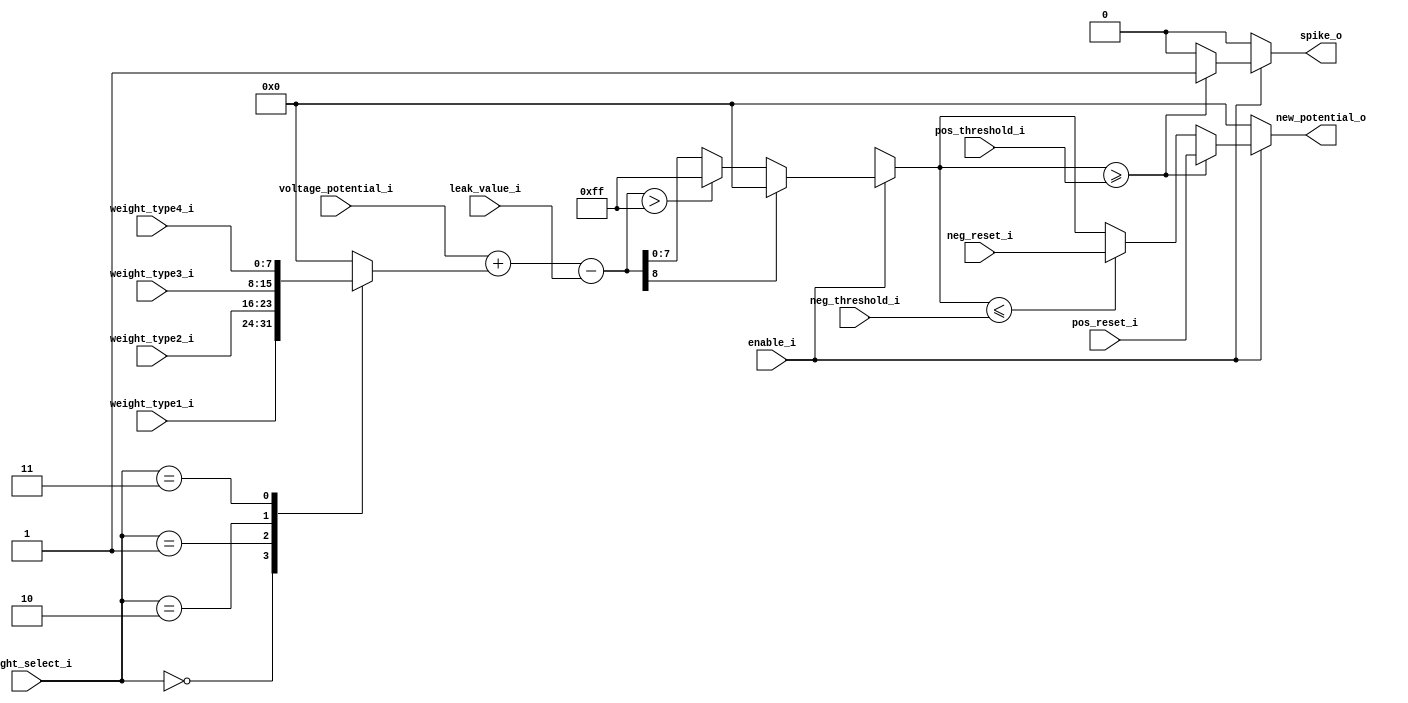
module neuron_block_design (
`ifdef USE_POWER_PINS
    inout VPWR,    // User area 1 1.8V supply
    inout VGND,    // User area 1 digital ground
`endif
    input [7:0] voltage_potential_i, // Current voltage potential
    input [7:0] pos_threshold_i,     // Positive threshold
    input [7:0] neg_threshold_i,     // Negative threshold
    input [7:0] leak_value_i,        // Leak value
    input [7:0] weight_type1_i,      // 1st weight type
    input [7:0] weight_type2_i,      // 2nd weight type
    input [7:0] weight_type3_i,      // 3rd weight type
    input [7:0] weight_type4_i,      // 4th weight type
    input [7:0] weight_select_i,     // Weight selection
    input [7:0] pos_reset_i,         // Positive reset
    input [7:0] neg_reset_i,         // Negative reset
    input enable_i,                  // Enable signal
    output reg [7:0] new_potential_o, // New voltage potential - changed to reg
    output reg spike_o               // Spike output (1-bit) - changed to reg
);

    reg [7:0] selected_weight;
    reg [8:0] potential_calc; // changed to reg

    // Adjusted Weight selection
    always @(*) begin
        case(weight_select_i)
            8'd0: selected_weight = weight_type1_i;
            8'd1: selected_weight = weight_type2_i;
            8'd2: selected_weight = weight_type3_i;
            8'd3: selected_weight = weight_type4_i;
            default: selected_weight = 8'b0;
        endcase
    end

    // Neuron logic
    always @(*) begin
        if (enable_i == 1) begin
            // Calculate potential
            potential_calc = {1'b0, voltage_potential_i} + selected_weight - leak_value_i;

            // Handle potential overflow/underflow
            if (potential_calc[8]) new_potential_o = 8'b00000000; // Underflow
            else if (potential_calc > 8'b11111111) new_potential_o = 8'b11111111; // Overflow
            else new_potential_o = potential_calc[7:0];

            // Check for spike
            if (new_potential_o >= pos_threshold_i) begin
                new_potential_o = pos_reset_i;
                spike_o = 1;
            end else if (new_potential_o <= neg_threshold_i) begin
                new_potential_o = neg_reset_i;
                spike_o = 0;
            end else begin
                spike_o = 0;
            end
        end else begin
            new_potential_o = 8'b0;
            spike_o = 0;
        end
    end

endmodule